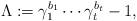
LaTeX: \begin{align*}\Lambda:=\gamma_1^{b_1}\cdots\gamma_t^{b_t}-1,\end{align*}